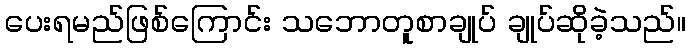
ပေးရမည်ဖြစ်ကြောင်း သဘောတူစာချုပ် ချုပ်ဆိုခဲ့သည်။